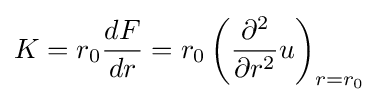
K=r_{0}{dF \over dr}=r_{0}\left({\partial ^{2} \over \partial r^{2}}u\right)_{r=r_{0}}